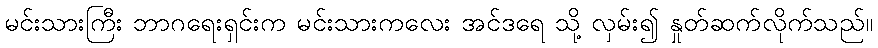
မင်းသားကြီး ဘာဂရေးရှင်းက မင်းသားကလေး အင်ဒရေ သို့ လှမ်း၍ နှုတ်ဆက်လိုက်သည်။